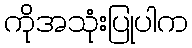
ကိုအသုံးပြုပါက